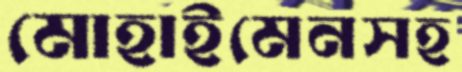
মোহাইমেনসহ